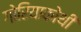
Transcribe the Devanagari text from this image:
गोरियाकोथी